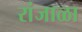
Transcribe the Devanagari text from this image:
रांजाळा